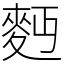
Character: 麪